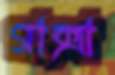
গাক্সা